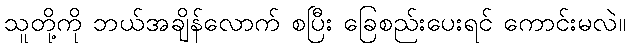
သူတို့ကို ဘယ်အချိန်လောက် စပြီး ခြေစည်းပေးရင် ကောင်းမလဲ။